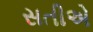
સતીએ